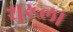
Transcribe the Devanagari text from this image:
शुख्ला